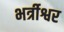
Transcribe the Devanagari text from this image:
भर्त्रीश्वर